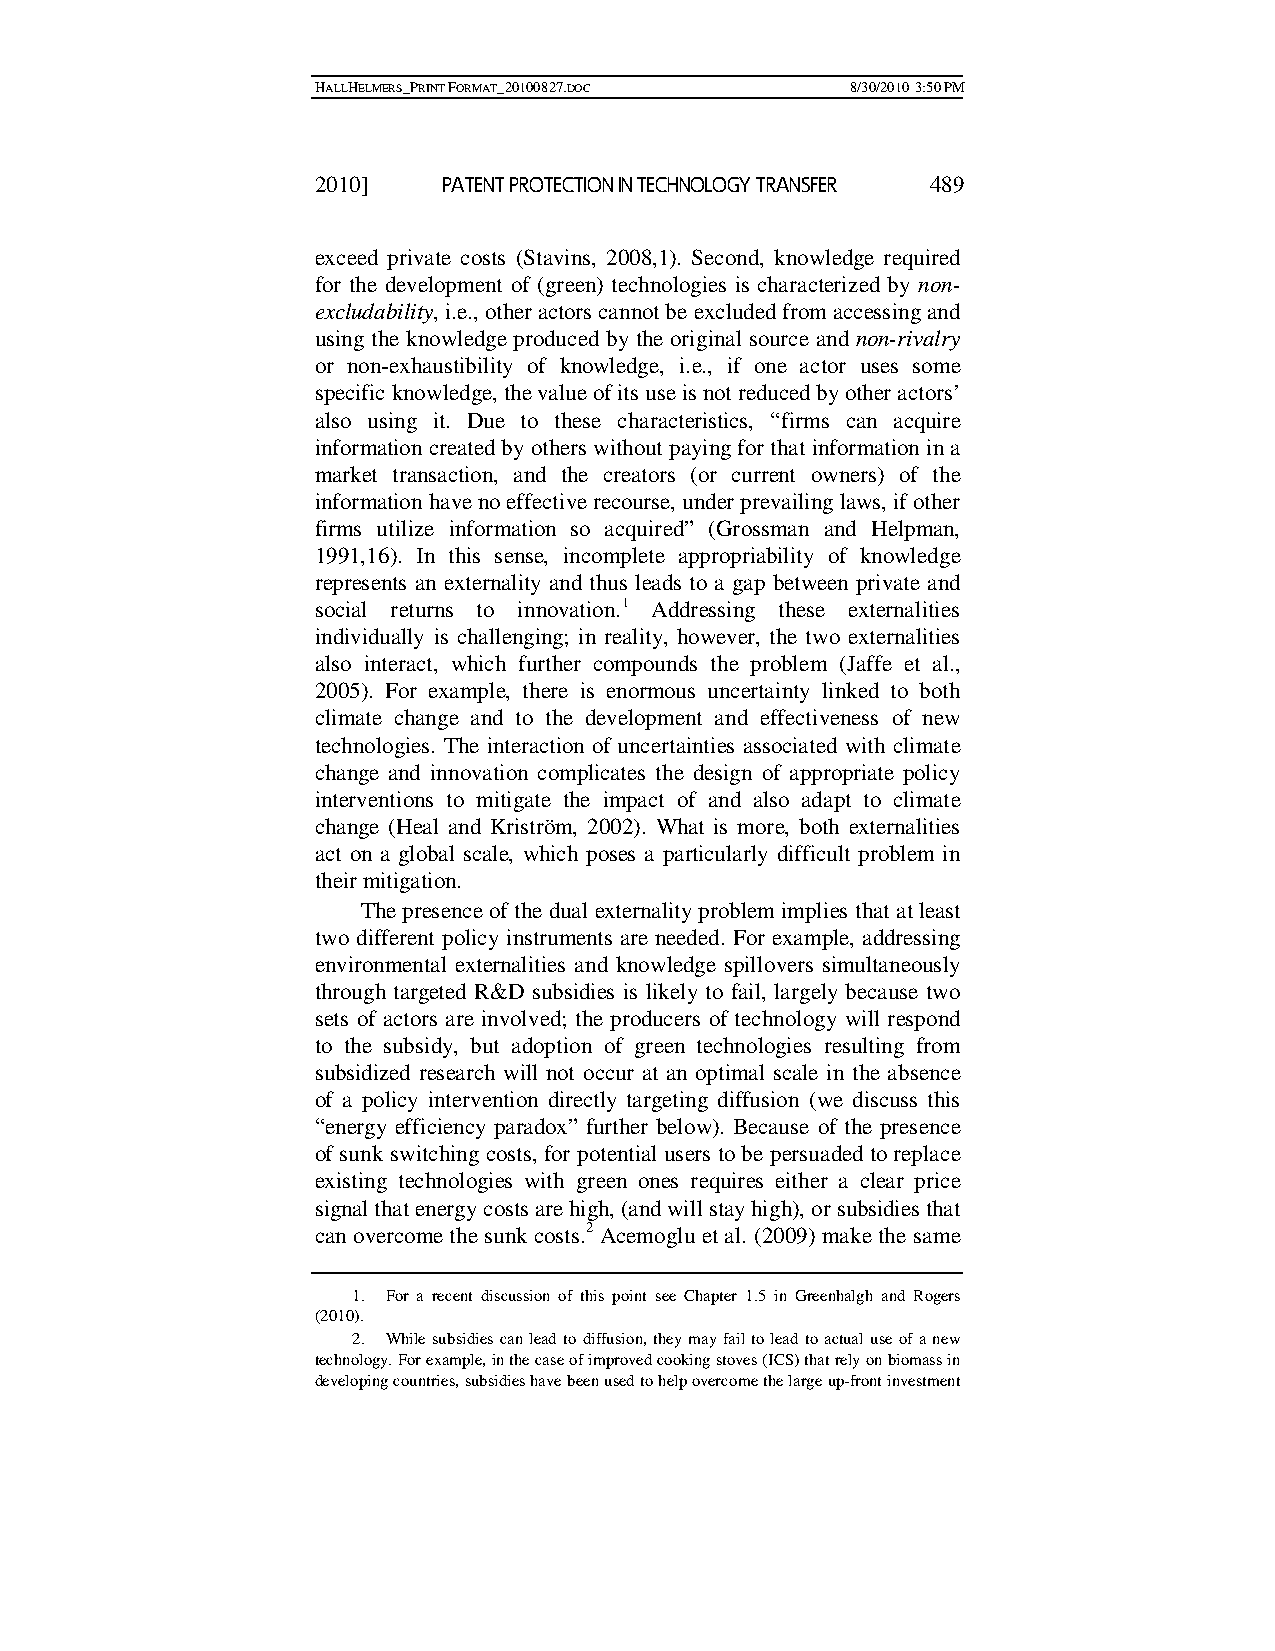
HALLHELMERS_PRINT FORMAT_20100827.DOC 8/30/2010 3:50 PM
 2010]   PATENT PROTECTION IN TECHNOLOGY TRANSFER 489
 exceed private costs (Stavins, 2008,1). Second, knowledge required
 for the development of (green) technologies is characterized by non-
 excludability, i.e., other actors cannot be excluded from accessing and
 using the knowledge produced by the original source and non-rivalry
 or non-exhaustibility of knowledge, i.e., if one actor uses some
 specific knowledge, the value of its use is not reduced by other actors’
 also using it. Due to these characteristics, “firms can acquire
 information created by others without paying for that information in a
 market transaction, and the creators (or current owners) of the
 information have no effective recourse, under prevailing laws, if other
 firms utilize information so acquired” (Grossman and Helpman,
 1991,16). In this sense, incomplete appropriability of knowledge
 represents an externality and thus leads to a gap between private and
 social returns to innovation.1 Addressing these externalities
 individually is challenging; in reality, however, the two externalities
 also interact, which further compounds the problem (Jaffe et al.,
 2005). For example, there is enormous uncertainty linked to both
 climate change and to the development and effectiveness of new
 technologies. The interaction of uncertainties associated with climate
 change and innovation complicates the design of appropriate policy
 interventions to mitigate the impact of and also adapt to climate
 change (Heal and Kriström, 2002). What is more, both externalities
 act on a global scale, which poses a particularly difficult problem in
 their mitigation.
 The presence of the dual externality problem implies that at least
 two different policy instruments are needed. For example, addressing
 environmental externalities and knowledge spillovers simultaneously
 through targeted R&D subsidies is likely to fail, largely because two
 sets of actors are involved; the producers of technology will respond
 to the subsidy, but adoption of green technologies resulting from
 subsidized research will not occur at an optimal scale in the absence
 of a policy intervention directly targeting diffusion (we discuss this
 “energy efficiency paradox” further below). Because of the presence
 of sunk switching costs, for potential users to be persuaded to replace
 existing technologies with green ones requires either a clear price
 signal that energy costs are high, (and will stay high), or subsidies that
 can overcome the sunk costs.2 Acemoglu et al. (2009) make the same
 1. For a recent discussion of this point see Chapter 1.5 in Greenhalgh and Rogers
 (2010).
 2. While subsidies can lead to diffusion, they may fail to lead to actual use of a new
 technology. For example, in the case of improved cooking stoves (ICS) that rely on biomass in
 developing countries, subsidies have been used to help overcome the large up-front investment